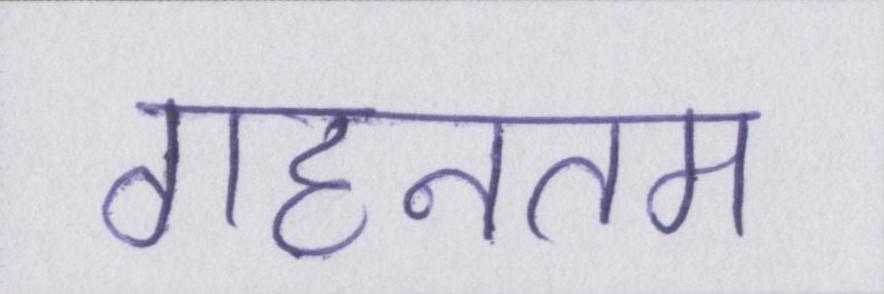
गहनतम